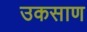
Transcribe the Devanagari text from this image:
उकसाण